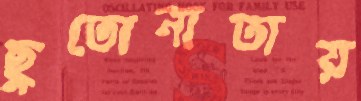
ছুতোনাতায়